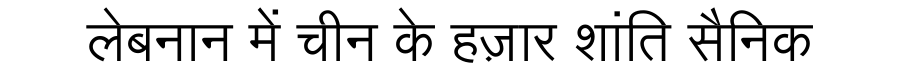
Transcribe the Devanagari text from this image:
लेबनान में चीन के हज़ार शांति सैनिक